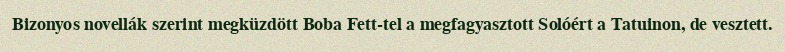
Bizonyos novellák szerint megküzdött Boba Fett-tel a megfagyasztott Solóért a Tatuinon, de vesztett.